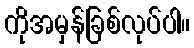
ကိုအမှန်ခြစ်လုပ်ပါ။